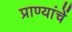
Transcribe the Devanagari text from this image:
प्राण्यांचें